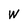
Character: W